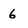
Character: 6